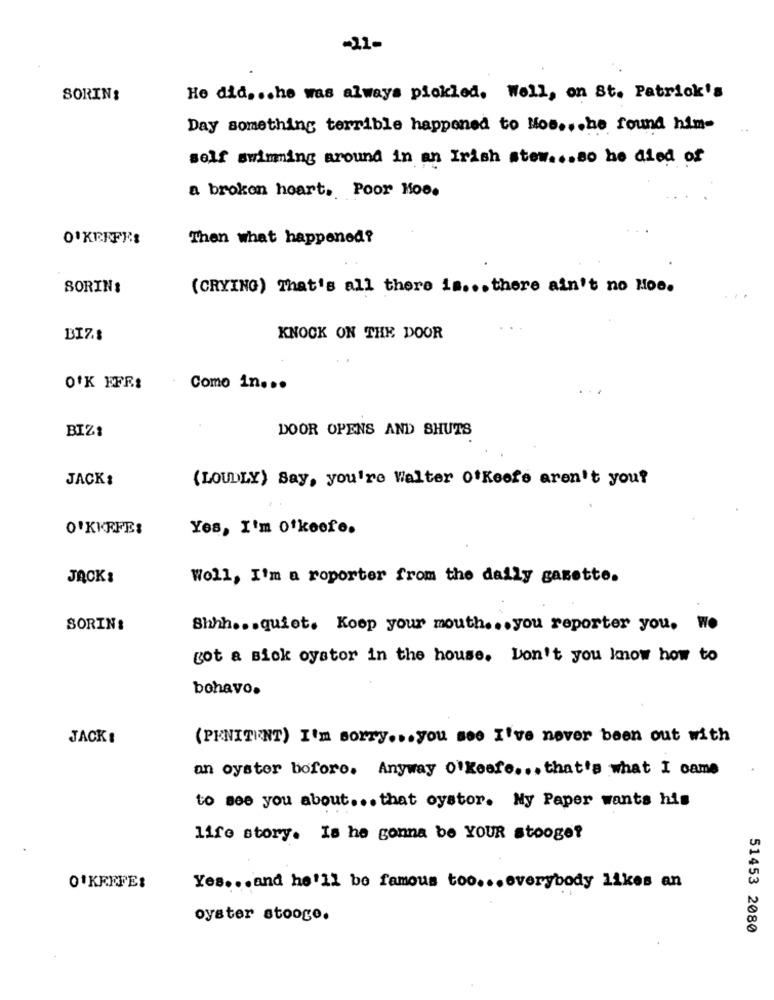
-21-
SORIN:
He did ... he was always pickled. Well, on St. Patrick's
Day something terrible happened to Mos ... he found him-
self swimming around in an Irish stew ... so he died of
a broken heart, Poor Hoe.
O'KEEFE:
Then what happened?
SORIN:
(CRYING) That's all there is ... there ain't no Hoe.
BIZI
KNOCK ON THE DOOR
OFK FFR:
Como in ...
DOOR OPENS AND SHUTS
BIZ:
JACK:
(LOUDLY) Say, you're Walter O'Keefe aren't you?
O'KEEFE:
Yes, I'm o'keefe.
JACK:
Woll, I'm a roporter from the daily gazette.
SORIN:
Shhh ... quiet. Koop your mouth ... you reporter you. we
got a sick oystor in the house. Don't you know how to
bohavo.
JACK :
(PENITENT) I'm sorry ... you see I've never been out with
an oyster boforo. Anyway O'keefe ... that's what I came
to see you about ... that oystor. My Paper wants his
life story. Is he gonna be YOUR stooge?
O'KEEFE:
Yes ... and he'll be famous too ... everybody likes an
oyster stooge.
51453 2080